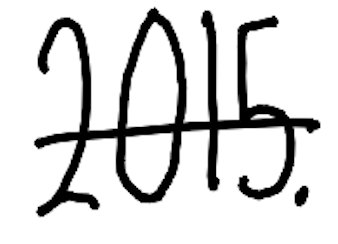
Text: 2015.
Cross-out: single-line
Writing tool: digital_black